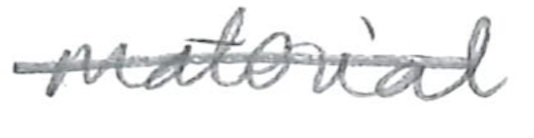
Text: material
Cross-out: single-line
Writing tool: pencil